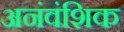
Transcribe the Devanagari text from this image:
अनंवंशिक